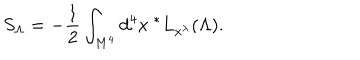
LaTeX: S _ { \Lambda } = - { \frac { 1 } { 2 } } \int _ { M ^ { 4 } } d ^ { 4 } x \ ^ { * } L _ { x ^ { \lambda } } ( \Lambda ) .